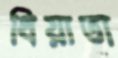
ধিয়াতা